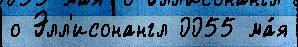
о Элл'исонангл 0055 ма́я